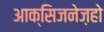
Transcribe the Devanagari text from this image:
आक्सिजनेज़हो